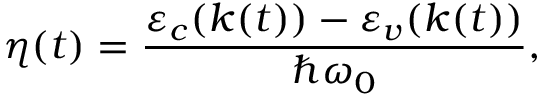
\eta ( t ) = \frac { \varepsilon _ { c } ( k ( t ) ) - \varepsilon _ { v } ( k ( t ) ) } { \hbar \omega _ { 0 } } ,